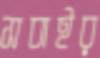
সবাইর